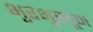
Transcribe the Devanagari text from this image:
भुरभुरवून